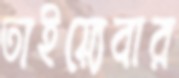
তাইয়্যেবার